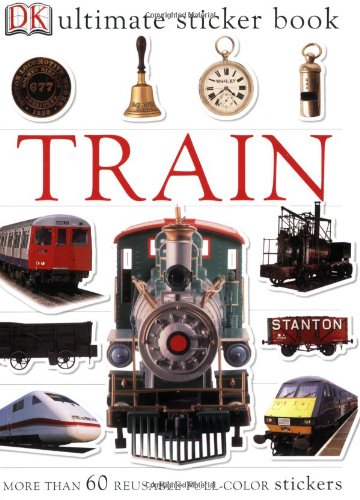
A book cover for Ultimate Sticker Book: Train (Ultimate Sticker Books); DK Publishing; Children's Books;